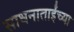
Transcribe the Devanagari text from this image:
साधनाताईंच्या